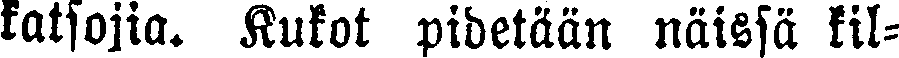
katsojia. Kukot pidetään näissä kil-